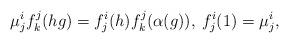
LaTeX: \begin{align*}\mu^{i}_jf^j_k(hg)=f^{i}_j(h)f^j_k(\alpha(g)), \: f^{i}_j(1)=\mu^{i}_j,\end{align*}